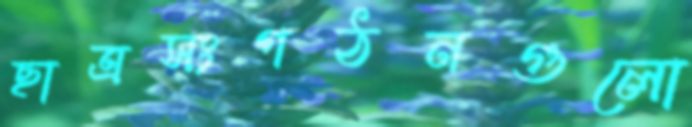
ছাত্রসংগঠনগুলো